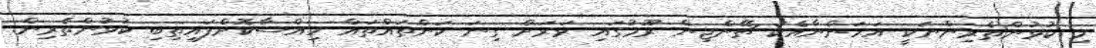
މި ކުޅުންތެރިންނަކީ އަހަންނާއެކު ޗޭންޖިން ރޫމުގައި ވަރަށް ގިނަ ކަންތައްތައް ހިއްސާކޮށްފައިތިބި ކުޅުންތެރިން.